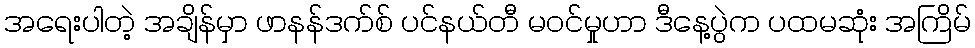
အရေးပါတဲ့ အချိန်မှာ ဖာနန်ဒက်စ် ပင်နယ်တီ မဝင်မှုဟာ ဒီနေ့ပွဲက ပထမဆုံး အကြိမ်